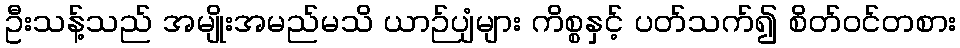
ဦးသန့်သည် အမျိုးအမည်မသိ ယာဉ်ပျံများ ကိစ္စနှင့် ပတ်သက်၍ စိတ်ဝင်တစား